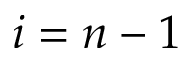
i = n - 1